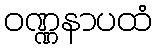
ဝဏ္ဏနာပထံ